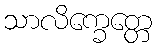
သာလိက္ခေတ္တေ